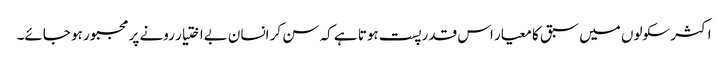
اکثر سکولوں میں سبق کا معیار اس قدر پست ہوتا ہے کہ سن کر انسان بےاختیار رونے پر مجبور ہو جائے۔